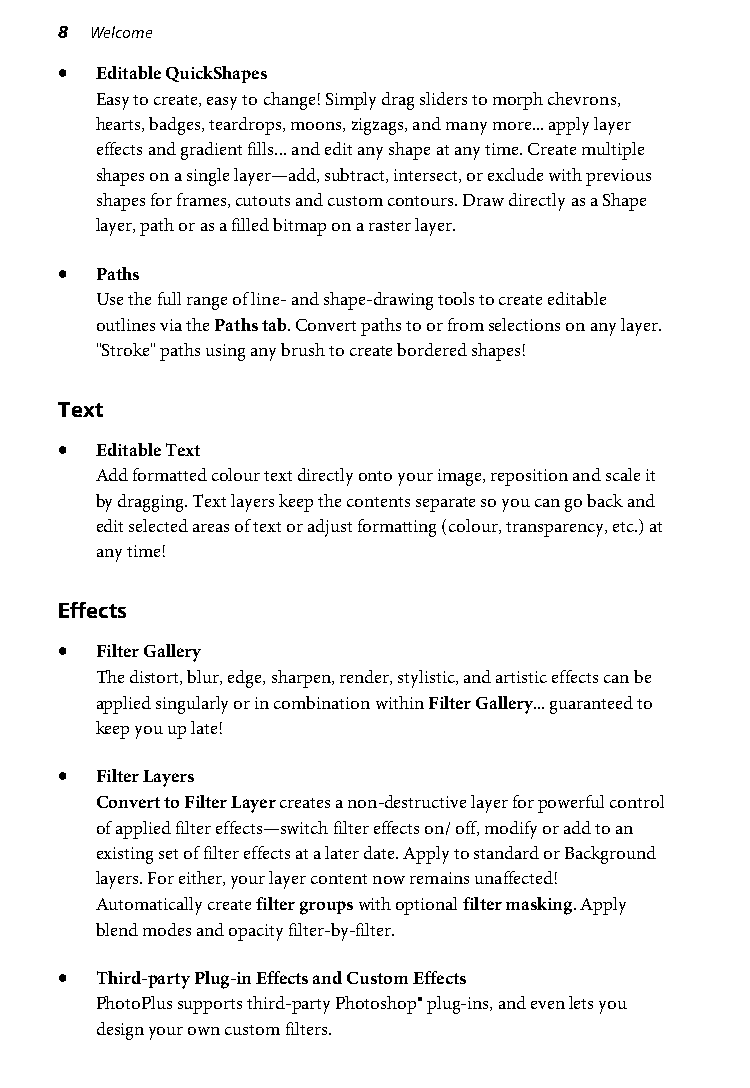
8 Welcome
 • Editable QuickShapes
 Easy to create, easy to change! Simply drag sliders to morph chevrons,
 hearts, badges, teardrops, moons, zigzags, and many more... apply layer
 effects and gradient fills... and edit any shape at any time. Create multiple
 shapes on a single layer—add, subtract, intersect, or exclude with previous
 shapes for frames, cutouts and custom contours. Draw directly as a Shape
 layer, path or as a filled bitmap on a raster layer.
 • Paths
 Use the full range of line- and shape-drawing tools to create editable
 outlines via the Paths tab. Convert paths to or from selections on any layer.
 "Stroke" paths using any brush to create bordered shapes!
 Text
 • Editable Text
 Add formatted colour text directly onto your image, reposition and scale it
 by dragging. Text layers keep the contents separate so you can go back and
 edit selected areas of text or adjust formatting (colour, transparency, etc.) at
 any time!
 Effects
 • Filter Gallery
 The distort, blur, edge, sharpen, render, stylistic, and artistic effects can be
 applied singularly or in combination within Filter Gallery... guaranteed to
 keep you up late!
 • Filter Layers
 Convert to Filter Layer creates a non-destructive layer for powerful control
 of applied filter effects—switch filter effects on/ off, modify or add to an
 existing set of filter effects at a later date. Apply to standard or Background
 layers. For either, your layer content now remains unaffected!
 Automatically create filter groups with optional filter masking. Apply
 blend modes and opacity filter-by-filter.
 • Third-party Plug-in Effects and Custom Effects
 PhotoPlus supports third-party Photoshop® plug-ins, and even lets you
 design your own custom filters.